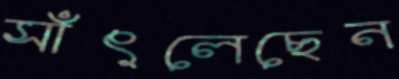
সাঁৎলেছেন